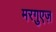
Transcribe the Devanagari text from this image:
मरगुएज़